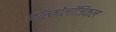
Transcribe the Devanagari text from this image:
कॉस्मोलॉजिकल